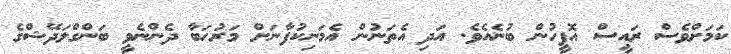
ކަމަށްވެސް ރައީސް އޮފީހުން ބުނެއެވެ. އަދި އެތަނުން އެމަނިކުފާނަށް މަރުހަބާ ދެންނެވީ ބަންގްލަދޭޝްގެ